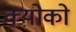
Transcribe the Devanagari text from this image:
क्योको